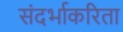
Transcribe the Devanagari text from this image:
संदर्भाकरिता